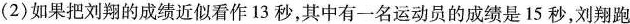
(2)如果把刘翔的成绩近似看作13秒，其中有一名运动员的成绩是15秒，刘翔跑